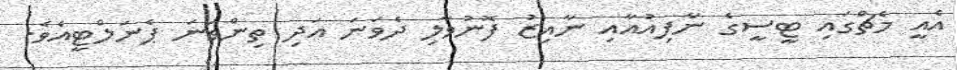
އެއީ މެޗްގައި ޓީސީގެ ނާފިއުއާއި ނާއިޒު ފޮނުވާލި ދެވަނަ އަދި ތިންވަނަ ޕެނަލްޓީއެވެ.